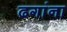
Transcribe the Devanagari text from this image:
ढगांना